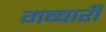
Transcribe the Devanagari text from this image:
गब्बारी